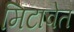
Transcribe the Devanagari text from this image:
मिटावेत